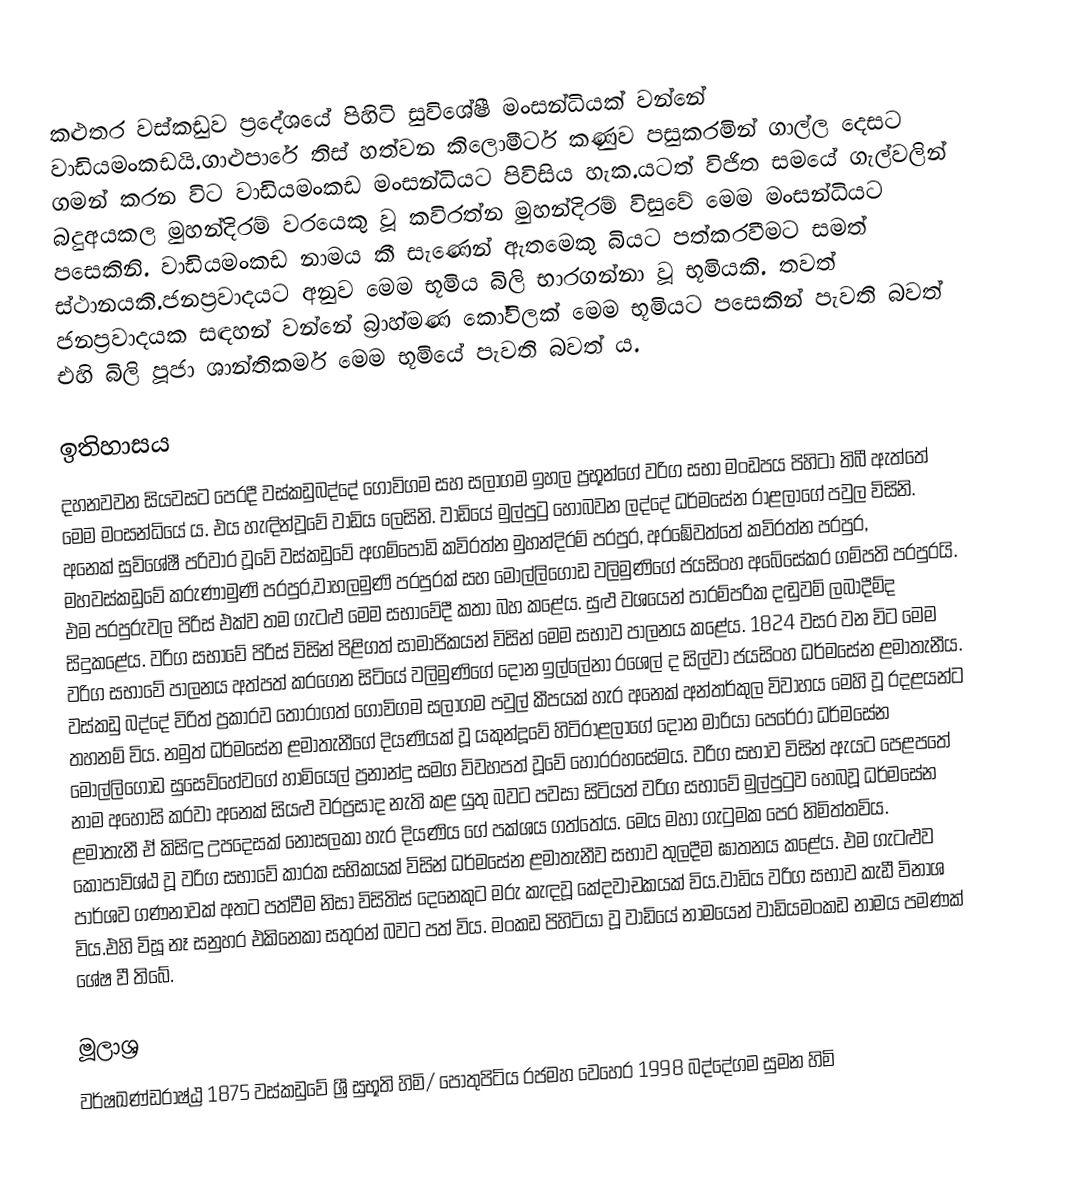
කළුතර වස්කඩුව ප්‍රදේශයේ පිහිටි සුවිශේෂී මංසන්ධියක් වන්නේ වාඩියමංකඩයි.ගාළුපාරේ තිස් හත්වන කිලොමීටර් කණුව පසුකරමින් ගාල්ල දෙසට ගමන් කරන විට වාඩියමංකඩ මංසන්ධියට පිවිසිය හැක.යටත් විජිත සමයේ ගැල්වලින් බදුඅයකල මුහන්දිරම් වරයෙකු වූ කවිරත්න මුහන්දිරම් විසුවේ මෙම මංසන්ධියට පසෙකිනි. වාඩියමංකඩ නාමය කී සැණෙන් ඇතමෙකු බියට පත්කරවීමට සමත් ස්ථානයකි.ජනප්‍රවාදයට අනුව මෙම භූමිය බිලි භාරගන්නා වූ භූමියකි. තවත් ජනප්‍රවාදයක සඳහන් වන්නේ බ්‍රාහ්මණ කෝවිලක් මෙම භූමියට පසෙකින් පැවති බවත් එහි බිලි පූජා ශාන්තිකර්ම මෙම භූමියේ පැවති බවත්‍ ය.

ඉතිහාසය
දහනවවන සියවසට පෙරදී වස්කඩුබද්දේ ගොවිගම සහ සලාගම ඉහල ප්‍රභූන්ගේ වරිග සභා මංඩපය පිහිටා තිබී ඇත්තේ මෙම මංසන්ධියේ ය. එය හැඳින්වූවේ වාඩිය ලෙසිනි. වාඩියේ මුල්පුටු හොබවන ලද්දේ ධර්මසේන රාළලාගේ පවුල විසිනි. අනෙක් සුවිශේෂී පරිවාර වූවේ වස්කඩුවේ අගම්පොඩි කවිරත්න මුහන්දිරම් පරපුර, අරඹේවත්තේ කවිරත්න පරපුර, මහවස්කඩුවේ කරුණාමුණි පරපුර,වාහලමුණි පරපුරක් සහ මොල්ලිගොඩ වලිමුණිගේ ජයසිංහ අබේසේකර  ගම්පති පරපුරයි. එම පරපුරුවල පිරිස් එක්ව තම ගැටළු මෙම සභාවේදී කතා බහ කළේය. සුළු වශයෙන් පාරම්පරික දඬුවම් ලබාදීම්ද සිදුකළේය. වරිග සභාවේ පිරිස් විසින් පිළිගත් සාමාජිකයන් විසින් මෙම සභාව පාලනය කළේය. 1824 වසර වන විට මෙම වරිග සභාවේ පාලනය අත්පත් කරගෙන සිටියේ වලිමුණිගේ දෝන ඉල්ලේනා රශෙල් ද සිල්වා ජයසිංහ ධර්මසේන ළමාතැනීය. වස්කඩු බද්දේ විරිත් ප්‍රකාරව තෝරාගත් ගොවිගම සලාගම පවුල් කීපයක් හැර අනෙක් අන්තර්කුල විවාහය මෙහි වූ රදළයන්ට  තහනම් විය. නමුත් ධර්මසේන ළමාතැනීගේ දියණියක් වූ යකුන්දූවේ හිටිරාළලාගේ  දෝන මාරියා පෙරේරා ධර්මසේන මොල්ලිගොඩ සුසෙව්හේවගේ  හාමියෙල් ප්‍රනාන්දු  සමග විවහපත් වූවේ හොරරහසේමය. වරිග සභාව විසින් ඇයට පෙළපතේ නාම අහෝසි කරවා අනෙක් සියළු වරප්‍රසාද නැති කළ යුතු බවට පවසා සිටියත් වරිග සභාවේ මුල්පුටුව හෙබවූ ධර්මසේන ළමාතැනී ඒ කිසිඳු උපදෙසක් නොසලකා හැර දියණිය ගේ පක්ශය ගත්තේය. මෙය මහා ගැටුමක පෙර නිමිත්තවිය. කෝපාවිශ්ඨ වූ වරිග සභාවේ කාරක සභිකයක් විසින් ධර්මසේන ළමාතැනීව සභාව තුලදීම ඝාතනය කළේය. එම ගැටළුව පාර්ශව ගණනාවක් අතට පත්වීම නිසා විසිතිස් දෙනෙකුට මරු කැඳවූ කේදවාචකයක් විය.වාඩිය වරිග සභාව කැඩී විනාශ විය.එහි විසූ නෑ සනුහර එකිනෙකා සතුරන් බවට පත් විය. මංකඩ පිහිටියා වූ වාඩියේ නාමයෙන් වාඩියමංකඩ නාමය පමණක් ශේෂ වී තිබේ.

මූලාශ්‍ර
වර්ෂඛණ්ඩරාෂ්ඨ්‍ර 1875 වස්කඩුවේ ශ්‍රී සුභූති හිමි/ පොතුපිටිය රජමහ වෙහෙර 1998 බද්දේගම සුමන හිමි